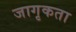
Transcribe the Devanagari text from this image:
जागृकता